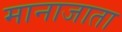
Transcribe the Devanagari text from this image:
मानाजाता